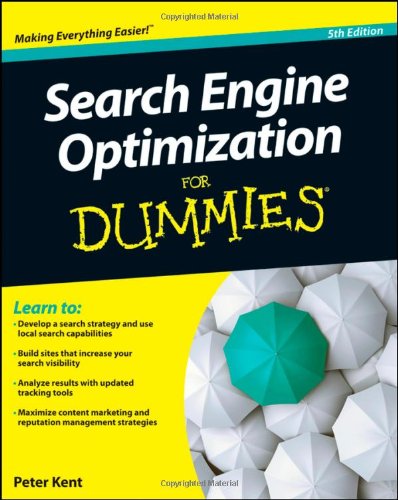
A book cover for Search Engine Optimization For Dummies; Peter Kent; Computers & Technology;